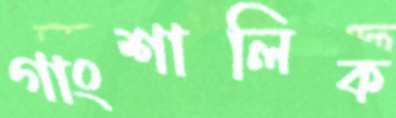
গাংশালিক